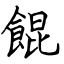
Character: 餛